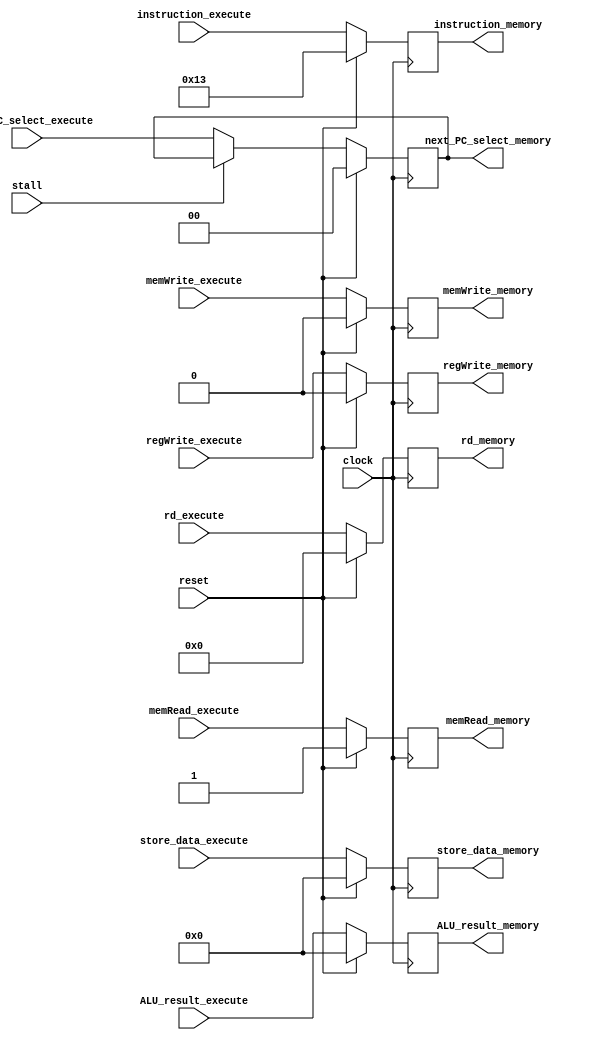
/** @module : execute_pipe_unit
 *  @author : Adaptive & Secure Computing Systems (ASCS) Laboratory

 *  Copyright (c) 2018 BRISC-V (ASCS/ECE/BU)
 *  Permission is hereby granted, free of charge, to any person obtaining a copy
 *  of this software and associated documentation files (the "Software"), to deal
 *  in the Software without restriction, including without limitation the rights
 *  to use, copy, modify, merge, publish, distribute, sublicense, and/or sell
 *  copies of the Software, and to permit persons to whom the Software is
 *  furnished to do so, subject to the following conditions:
 *  The above copyright notice and this permission notice shall be included in
 *  all copies or substantial portions of the Software.

 *  THE SOFTWARE IS PROVIDED "AS IS", WITHOUT WARRANTY OF ANY KIND, EXPRESS OR
 *  IMPLIED, INCLUDING BUT NOT LIMITED TO THE WARRANTIES OF MERCHANTABILITY,
 *  FITNESS FOR A PARTICULAR PURPOSE AND NONINFRINGEMENT. IN NO EVENT SHALL THE
 *  AUTHORS OR COPYRIGHT HOLDERS BE LIABLE FOR ANY CLAIM, DAMAGES OR OTHER
 *  LIABILITY, WHETHER IN AN ACTION OF CONTRACT, TORT OR OTHERWISE, ARISING FROM,
 *  OUT OF OR IN CONNECTION WITH THE SOFTWARE OR THE USE OR OTHER DEALINGS IN
 *  THE SOFTWARE.
 */
//////////////////////////////////////////////////////////////////////////////////


module execute_pipe_unit #(parameter  DATA_WIDTH = 32,
                             ADDRESS_BITS = 20)(

    input clock, reset, stall,
    input [DATA_WIDTH-1:0]   ALU_result_execute,
    input [DATA_WIDTH-1:0]   store_data_execute,
    input [4:0] rd_execute,
    input [1:0] next_PC_select_execute,
    input memRead_execute,
    input memWrite_execute,
    input regWrite_execute,
    input [DATA_WIDTH-1:0] instruction_execute,

    output [DATA_WIDTH-1:0]   ALU_result_memory,
    output [DATA_WIDTH-1:0]   store_data_memory,
    output [4:0] rd_memory,
    output [1:0] next_PC_select_memory,
    output memRead_memory,
    output memWrite_memory,
    output regWrite_memory,
    output [DATA_WIDTH-1:0] instruction_memory
);

localparam NOP = 32'h00000013;

reg  [DATA_WIDTH-1:0]   ALU_result_execute_to_memory;
reg  [DATA_WIDTH-1:0]   store_data_execute_to_memory;
reg  [4:0] rd_execute_to_memory;
reg  memRead_execute_to_memory;
reg  memWrite_execute_to_memory;
reg  [1:0] next_PC_select_execute_to_memory;
reg  regWrite_execute_to_memory;
reg  [DATA_WIDTH-1:0] instruction_execute_to_memory;

assign ALU_result_memory      = ALU_result_execute_to_memory;
assign store_data_memory      = store_data_execute_to_memory;
assign rd_memory              = rd_execute_to_memory;
assign memRead_memory         = memRead_execute_to_memory;
assign memWrite_memory        = memWrite_execute_to_memory;
assign next_PC_select_memory  = next_PC_select_execute_to_memory;
assign regWrite_memory        = regWrite_execute_to_memory;
assign instruction_memory     = instruction_execute_to_memory;

always @(posedge clock) begin
   if(reset) begin
      ALU_result_execute_to_memory      <= {DATA_WIDTH{1'b0}};
      store_data_execute_to_memory      <= {DATA_WIDTH{1'b0}};
      rd_execute_to_memory              <= 5'b0;
      memRead_execute_to_memory         <= 1'b1;
      memWrite_execute_to_memory        <= 1'b0;
      next_PC_select_execute_to_memory  <= 2'b0;
      regWrite_execute_to_memory        <= 1'b0;
      instruction_execute_to_memory     <= NOP;
   end
   else if(stall) begin
      // flush all but PC_select
      ALU_result_execute_to_memory      <= ALU_result_execute;
      store_data_execute_to_memory      <= store_data_execute;
      rd_execute_to_memory              <= rd_execute;
      memRead_execute_to_memory         <= memRead_execute;
      memWrite_execute_to_memory        <= memWrite_execute;
      next_PC_select_execute_to_memory  <= next_PC_select_execute_to_memory; // hold during stall
      regWrite_execute_to_memory        <= regWrite_execute;
      instruction_execute_to_memory     <= instruction_execute;
   end
   else begin
      ALU_result_execute_to_memory      <= ALU_result_execute;
      store_data_execute_to_memory      <= store_data_execute;
      rd_execute_to_memory              <= rd_execute;
      memRead_execute_to_memory         <= memRead_execute;
      memWrite_execute_to_memory        <= memWrite_execute;
      next_PC_select_execute_to_memory  <= next_PC_select_execute;
      regWrite_execute_to_memory        <= regWrite_execute;
      instruction_execute_to_memory     <= instruction_execute;
   end
end
endmodule